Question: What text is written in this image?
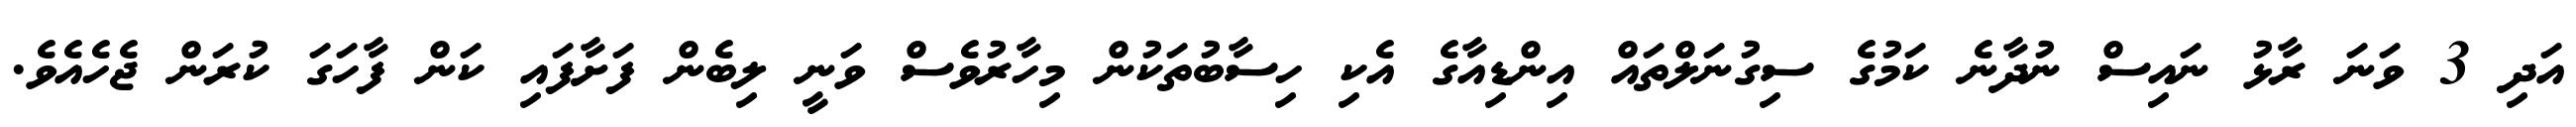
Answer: އަދި 3 ވަނަ ރާޅު ނައިސް ނުދާނެ ކަމުގެ ސިގުނަލްތައް އިންޑިއާގެ އެކި ހިސާބުތަކުން މިހާރުވެސް ވަނީ ލިބެން ފަށާފައި ކަން ފާހަގަ ކުރަން ޖެހެއެވެ.